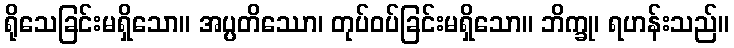
ရိုသေခြင်းမရှိသော။ အပ္ပတိဿော၊ တုပ်ဝပ်ခြင်းမရှိသော။ ဘိက္ခု၊ ရဟန်းသည်။